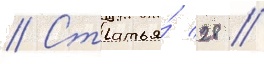
// Статья́ 28 //